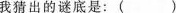
我猜出的谜底是:( )